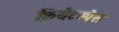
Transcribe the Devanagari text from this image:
क्रियेटस्पेस